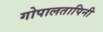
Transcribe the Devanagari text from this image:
गोपालतापिनी